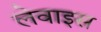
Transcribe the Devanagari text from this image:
लेवाइस